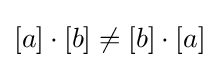
[a]\cdot [b]\neq [b]\cdot [a]